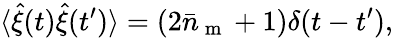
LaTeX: \langle\hat{\xi}(t)\hat{\xi}(t^{\prime})\rangle=(2\bar{n}_{\mathrm{~m~}}+1)\delta(t-t^{\prime}),